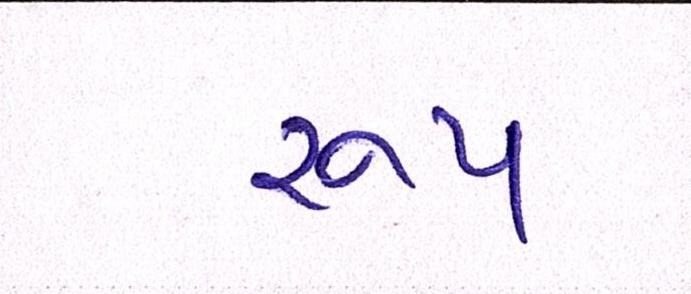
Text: રૂપ